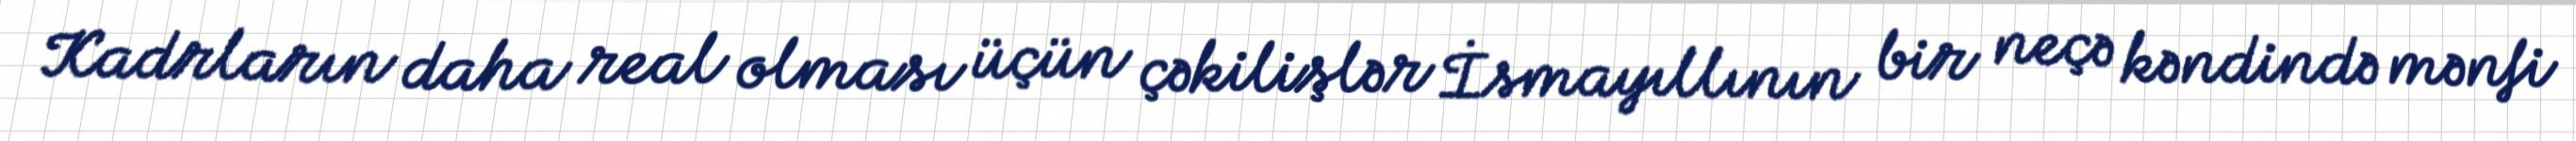
Kadrların daha real olması üçün çəkilişlər İsmayıllının bir neçə kəndində mənfi